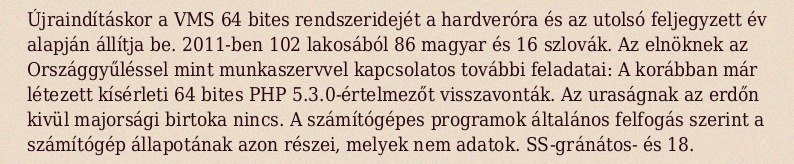
Újraindításkor a VMS 64 bites rendszeridejét a hardveróra és az utolsó feljegyzett év alapján állítja be. 2011-ben 102 lakosából 86 magyar és 16 szlovák. Az elnöknek az Országgyűléssel mint munkaszervvel kapcsolatos további feladatai: A korábban már létezett kísérleti 64 bites PHP 5.3.0-értelmezőt visszavonták. Az uraságnak az erdőn kivül majorsági birtoka nincs. A számítógépes programok általános felfogás szerint a számítógép állapotának azon részei, melyek nem adatok. SS-gránátos- és 18.